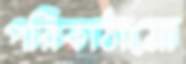
পরিকাঠামো